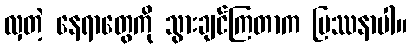
လှတဲ့ နေရာတွေကို သွားချင်ကြတာက ပြဿနာပါ။